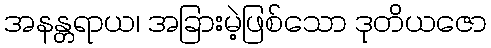
အနန္တရာယ၊ အခြားမဲ့ဖြစ်သော ဒုတိယဇော